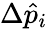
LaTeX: \Delta\hat{p}_{i}